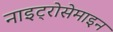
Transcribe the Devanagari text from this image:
नाइट्रोसेमाइन